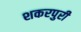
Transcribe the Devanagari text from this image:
शकरपुरी